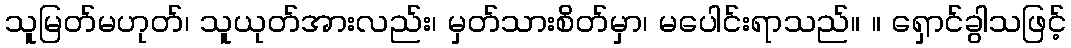
သူမြတ်မဟုတ်၊ သူယုတ်အားလည်း၊ မှတ်သားစိတ်မှာ၊ မပေါင်းရာသည်။ ။ ရှောင်ခွါသဖြင့်